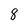
Character: 8